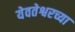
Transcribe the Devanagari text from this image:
येवतेश्वरच्या